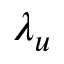
\lambda _ { u }